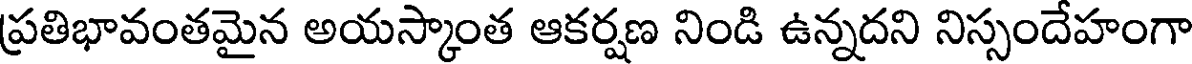
ప్రతిభావంతమైన అయస్కాంత ఆకర్షణ నిండి ఉన్నదని నిస్సందేహంగా